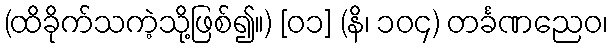
(ထိခိုက်သကဲ့သို့ဖြစ်၍။) [၀၁] (နိ၊ ၁၀၄) တင်္ခဏညေဝ၊